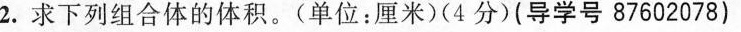
2.求下列组合体的体积。(单位：厘米)(4分)(导学号87602078)